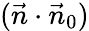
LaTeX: (\vec{n}\cdot\vec{n}_{0})